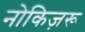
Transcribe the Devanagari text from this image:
नोकिज़रू